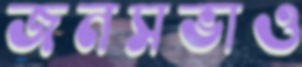
জনসভাও